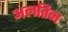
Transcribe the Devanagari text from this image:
अलतिन